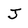
Character: J